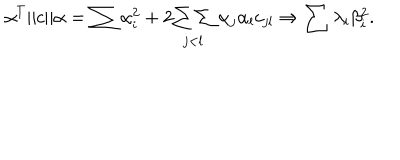
LaTeX: \alpha ^ { T } \| c \| \alpha = \sum \alpha _ { i } ^ { 2 } + 2 \! \begin{array} { c } { { { } } } \\ { { { \sum \sum } } } \\ { { { } _ { j < l } } } \\ \end{array} \alpha _ { j } \alpha _ { l } c _ { j l } \Rightarrow \sum \lambda _ { i } \beta _ { i } ^ { 2 } .